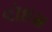
વૉઇસ